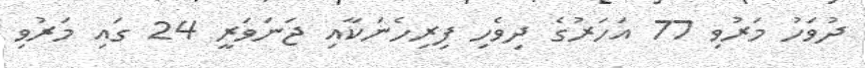
ދުވަހު މަރުވި 77 އަހަރުގެ ދިވެހި ފިރިހެނަކާއި ޖަނަވަރީ 24 ގައި މަރުވި